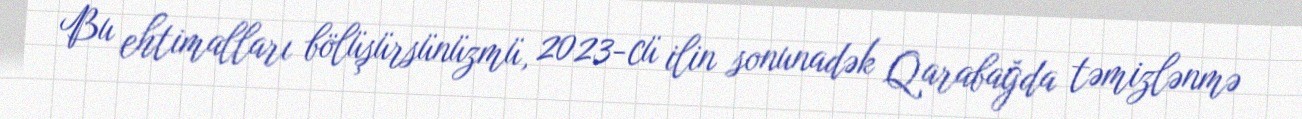
Bu ehtimalları bölüşürsünüzmü, 2023-cü ilin sonunadək Qarabağda təmizlənmə